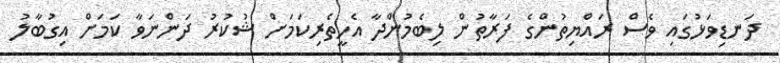
ދަނޑިވަޅުގައި ވެސް ރައްޔިތުންގެ ފަރާތުން ލިބެމުންދާ އެހީތެރިކަމަށް ޝުކުރު ދަންނަވާ ކަަމަށް އިގުބާލު